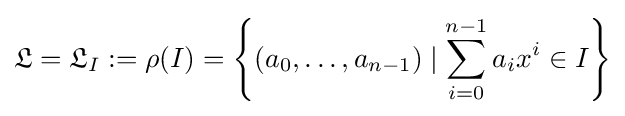
{\mathfrak {L}}={\mathfrak {L}}_{I}:=\rho (I)=\left\{(a_{0},\ldots ,a_{n-1})\mid \sum _{i=0}^{n-1}a_{i}x^{i}\in I\right\}